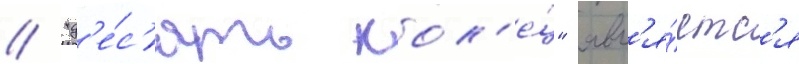
// "д'е́с'ять кол'е́ц" явл'я́етс'я